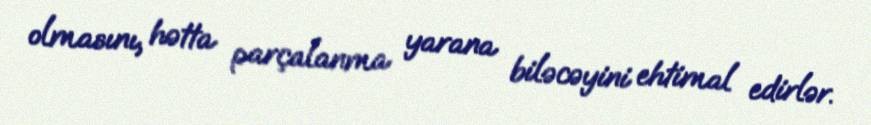
olmasını, hətta parçalanma yarana biləcəyini ehtimal edirlər.